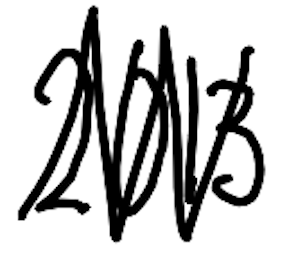
Text: 2013
Cross-out: mix
Writing tool: digital_black